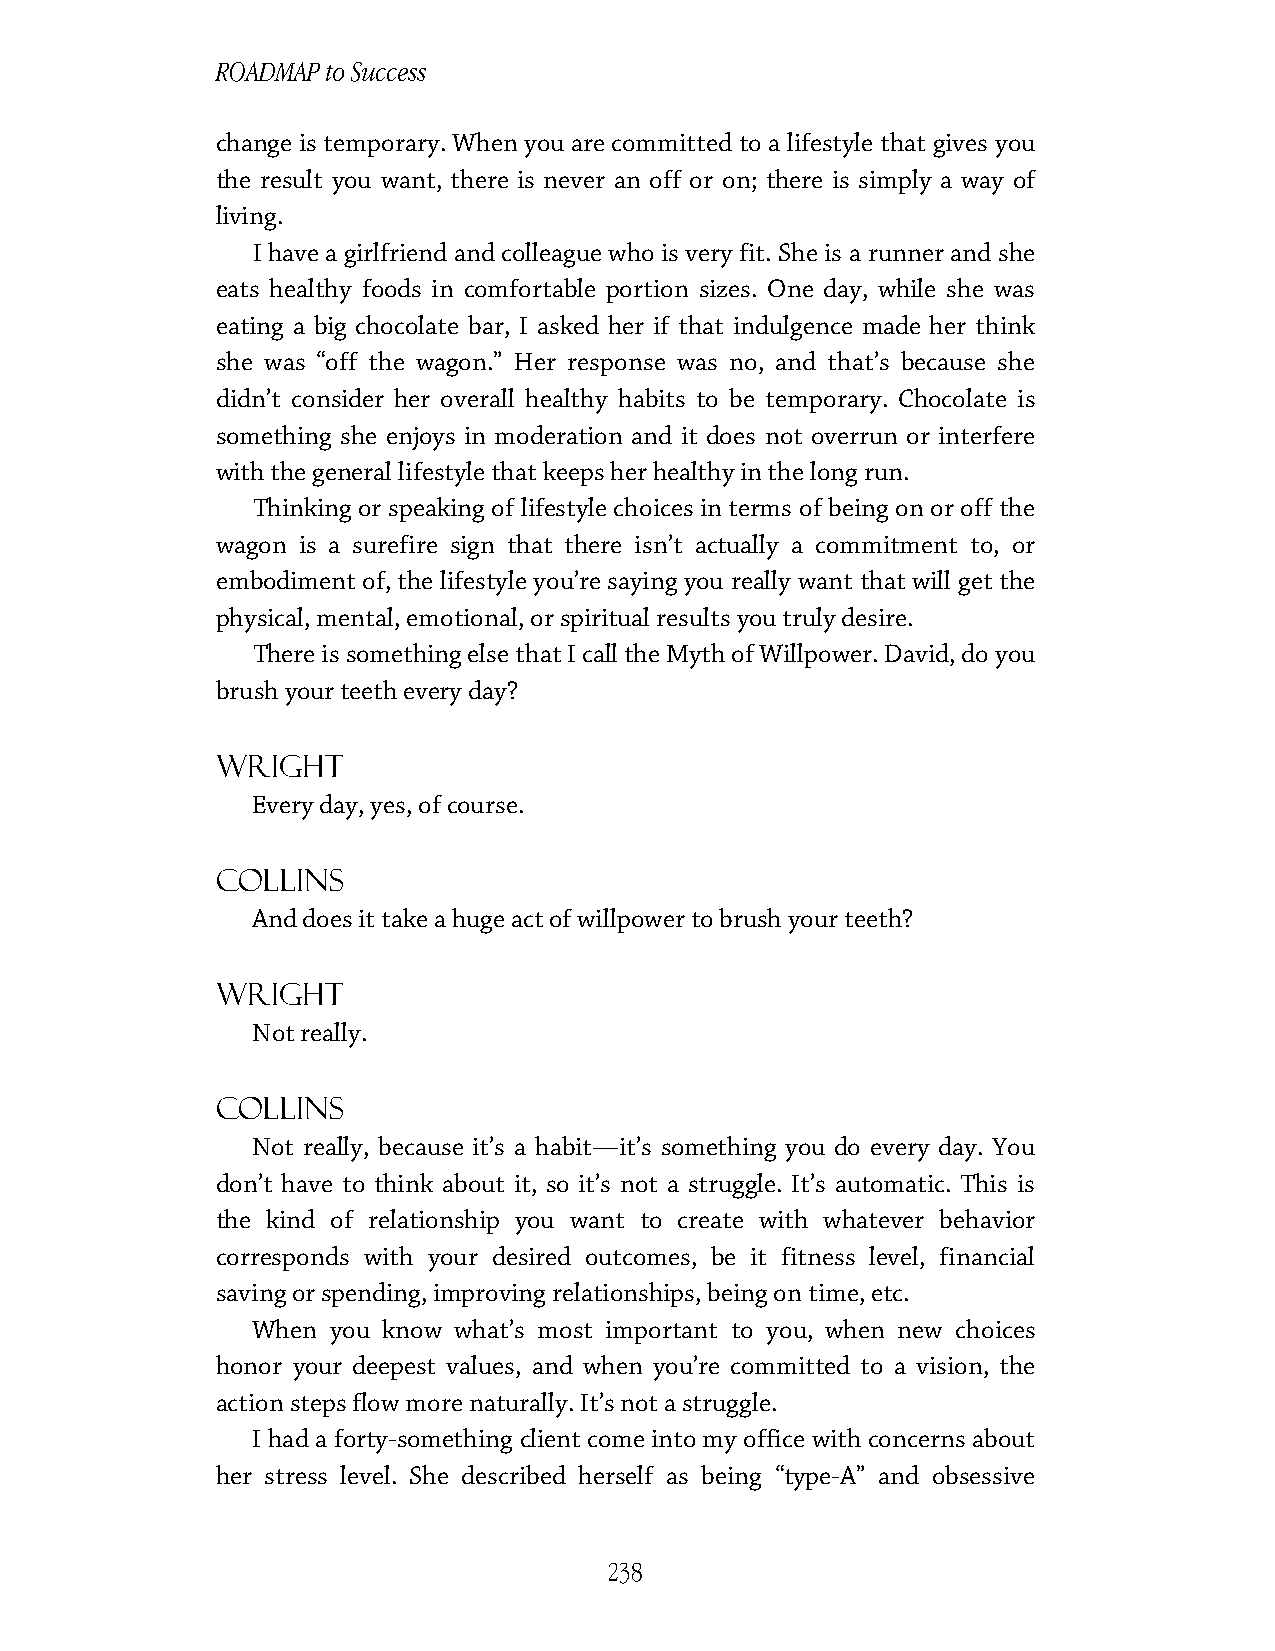
ROADMAP to Success
 change is temporary. When you are committed to a lifestyle that gives you
 the result you want, there is never an off or on; there is simply a way of
 living.
 I have a girlfriend and colleague who is very fit. She is a runner and she
 eats healthy foods in comfortable portion sizes. One day, while she was
 eating a big chocolate bar, I asked her if that indulgence made her think
 she was “off the wagon.” Her response was no, and that’s because she
 didn’t consider her overall healthy habits to be temporary. Chocolate is
 something she enjoys in moderation and it does not overrun or interfere
 with the general lifestyle that keeps her healthy in the long run.
 Thinking or speaking of lifestyle choices in terms of being on or off the
 wagon is a surefire sign that there isn’t actually a commitment to, or
 embodiment of, the lifestyle you’re saying you really want that will get the
 physical, mental, emotional, or spiritual results you truly desire.
 There is something else that I call the Myth of Willpower. David, do you
 brush your teeth every day?
 Wright
 Every day, yes, of course.
 Collins
 And does it take a huge act of willpower to brush your teeth?
 Wright
 Not really.
 Collins
 Not really, because it’s a habit—it’s something you do every day. You
 don’t have to think about it, so it’s not a struggle. It’s automatic. This is
 the kind of relationship you want to create with whatever behavior
 corresponds with your desired outcomes, be it fitness level, financial
 saving or spending, improving relationships, being on time, etc.
 When you know what’s most important to you, when new choices
 honor your deepest values, and when you’re committed to a vision, the
 action steps flow more naturally. It’s not a struggle.
 I had a forty-something client come into my office with concerns about
 her stress level. She described herself as being “type-A” and obsessive
 238